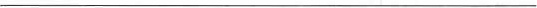
___